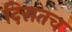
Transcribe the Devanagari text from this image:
दिसतच